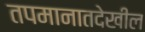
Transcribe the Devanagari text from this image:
तपमानातदेखील